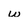
Character: w